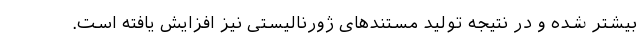
بیشتر شده و در نتیجه تولید مستندهای ژورنالیستی نیز افزایش یافته است.